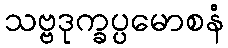
သဗ္ဗဒုက္ခပ္ပမောစနံ